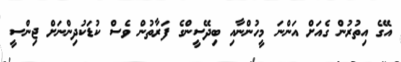
އޭގެ އިތުރުން ގެއަށް އަންނަ މީހުންނާއި ބިދޭސީންގެ ފަރާތުން ވެސް ކުޑަކުދިންނަށް ޖިންސީ